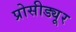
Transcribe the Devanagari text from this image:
प्रोसीड्यूर